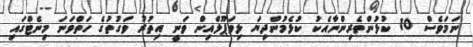
ނަމަވެސް 10 ކުޅުންތެރިންނާއެކު ކުޅެމުންދިޔަ ލިވަޕޫލްއިން ވަނީ އިތުރު ވަގުތުގެ ހަތްވަނަ މިނެޓްގައި